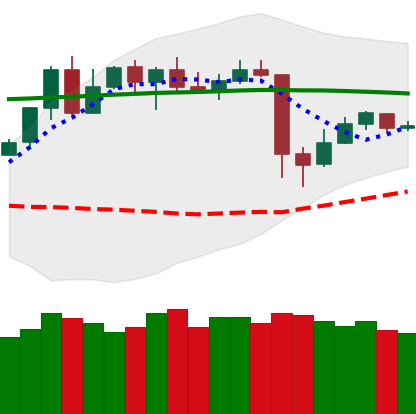
Ticker: TRX-USD
Chart end date: 2020-05-16
Forward return: -4.719%
Label: down_3_5